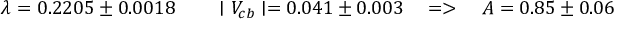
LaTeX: \lambda = 0 . 2 2 0 5 \pm 0 . 0 0 1 8 \qquad \mid V _ { c b } \mid = 0 . 0 4 1 \pm 0 . 0 0 3 \quad = > \quad A = 0 . 8 5 \pm 0 . 0 6